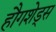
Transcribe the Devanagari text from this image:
हौगशेड्स